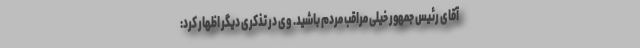
آقای رئیس جمهور خیلی مراقب مردم باشید. وی در تذکری دیگر اظهار کرد: